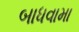
બાધવામા